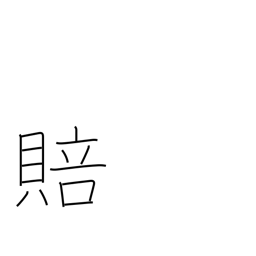
Meaning: compensation